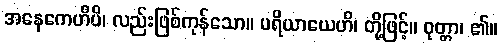
အနေကေဟိပိ၊ လည်းဖြစ်ကုန်သော။ ပရိယာယေဟိ၊ တို့ဖြင့်။ ဝုတ္တာ၊ ၏။